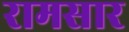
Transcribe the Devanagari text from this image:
रामसार